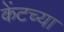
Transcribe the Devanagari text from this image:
केंटच्या